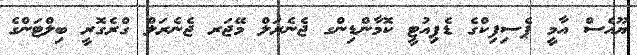
ޔޫއެސް އާމީ ޕެސިފިކްގެ ޑެޕިއުޓީ ކޮމާންޑިންގ ޖެނެރަލް މޭޖަރ ޖެނެރަލް ގްރެގޮރީ ބިލްޓަންގެ